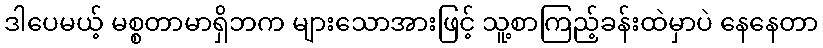
ဒါပေမယ့် မစ္စတာမာရှိဘက များသောအားဖြင့် သူ့စာကြည့်ခန်းထဲမှာပဲ နေနေတာ